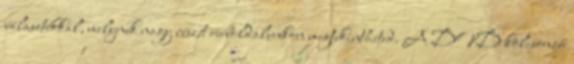
választékkal, melynek nagy részét weboldalunkon megtekintheted. A DVD kölcsönző